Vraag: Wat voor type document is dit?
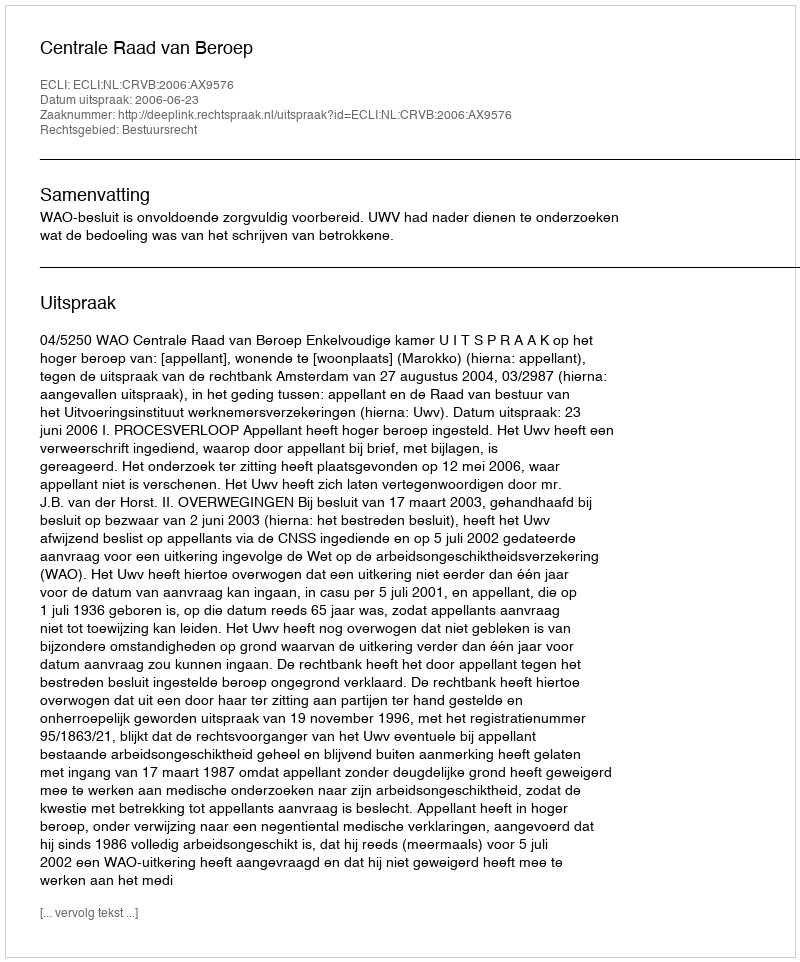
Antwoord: Uitspraak